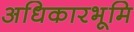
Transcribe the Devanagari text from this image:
अधिकारभूमि